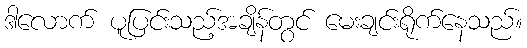
ဒါလောက် ပူပြင်းသည့်အချိန်တွင် မေးချင်းရိုက်နေသည်။